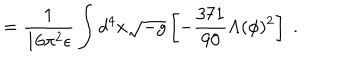
= \frac { 1 } { 1 6 \pi ^ { 2 } \epsilon } \int d ^ { 4 } x \sqrt { - g } \left[ - \frac { 3 7 1 } { 9 0 } \Lambda ( \phi ) ^ { 2 } \right] \; .